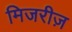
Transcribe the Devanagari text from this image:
मिजरीज़